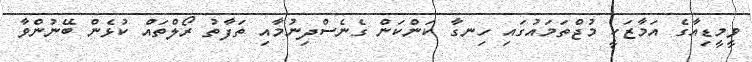
ވީމީޑިއާގެ އަމާޒަކީ މުޖްތަމައުގައި ހިނގާ ކަންކަން ގެނެސްދިނުމާއި ތަފާތު ރޯލްތައް ކުޅެން ބޭނުންވާ